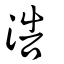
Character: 浩